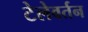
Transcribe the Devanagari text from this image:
टेलेवर्तन